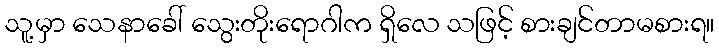
သူ့မှာ သေနာခေါ် သွေးတိုးရောဂါက ရှိလေ သဖြင့် စားချင်တာမစားရ။